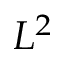
L ^ { 2 }